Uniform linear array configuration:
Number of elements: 12
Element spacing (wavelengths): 0.5
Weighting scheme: binomial
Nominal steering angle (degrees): -15
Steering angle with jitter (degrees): -14.832
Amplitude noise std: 0.05
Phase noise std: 0.05

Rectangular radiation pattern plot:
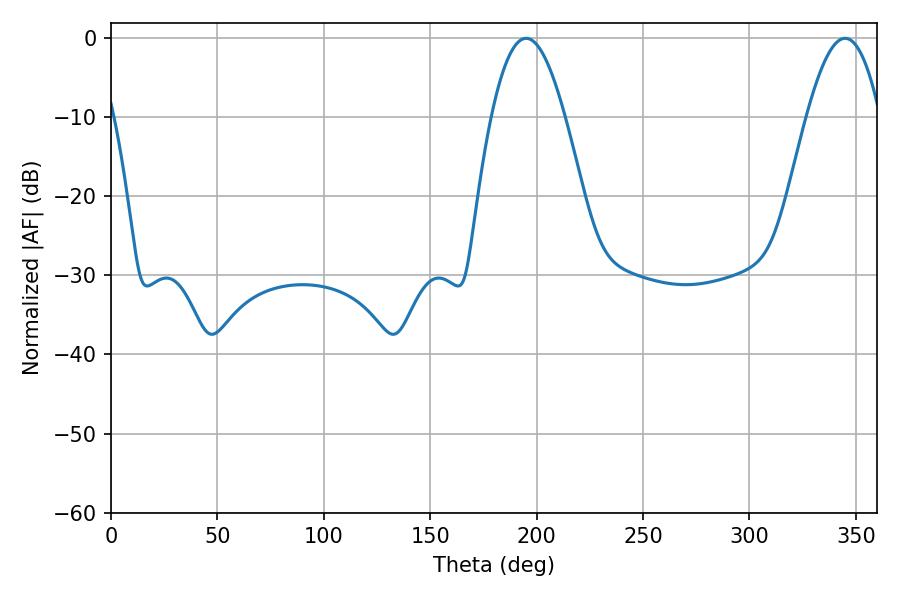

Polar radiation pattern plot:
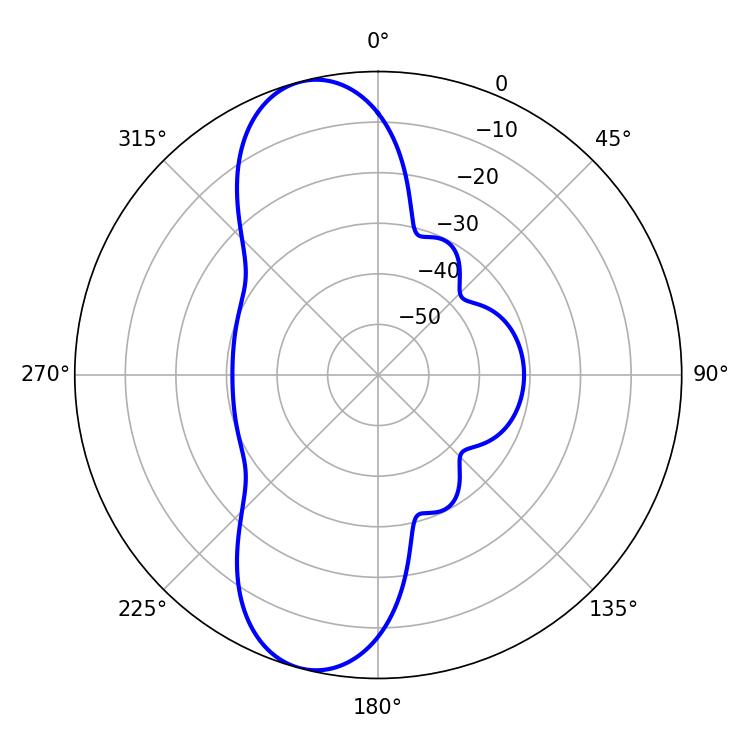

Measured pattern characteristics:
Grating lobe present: FALSE
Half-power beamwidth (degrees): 18.9
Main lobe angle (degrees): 195.12